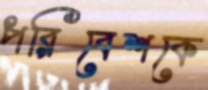
পরিবেশকে